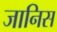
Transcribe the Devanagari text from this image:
जानिस